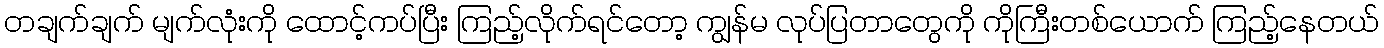
တချက်ချက် မျက်လုံးကို ထောင့်ကပ်ပြီး ကြည့်လိုက်ရင်တော့ ကျွန်မ လုပ်ပြတာတွေကို ကိုကြီးတစ်ယောက် ကြည့်နေတယ်